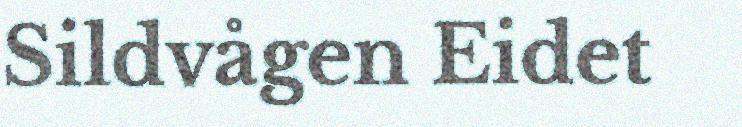
Sildvågen Eidet